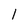
Character: l